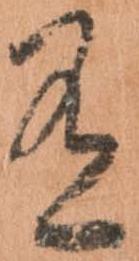
有